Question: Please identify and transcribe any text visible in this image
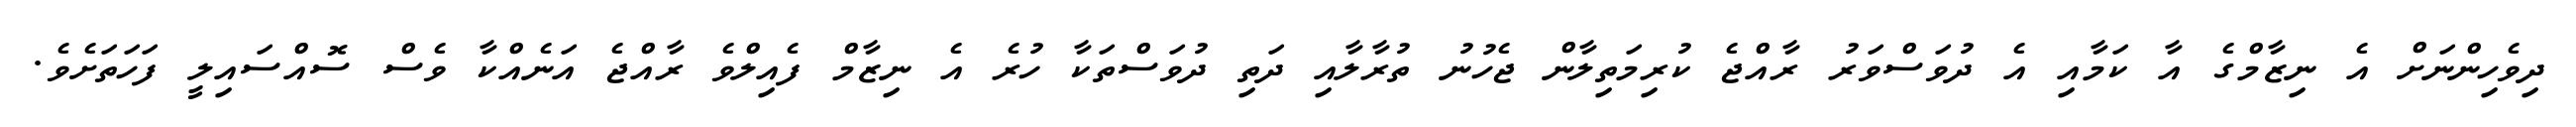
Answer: ދިވެހިންނަށް އެ ނިޒާމްގެ އާ ކަމާއި އެ ދުވަސްވަރު ރާއްޖެ ކުރިމަތިލާން ޖެހުނު ތުރާލާއި ދަތި ދުވަސްތަކާ ހުރެ އެ ނިޒާމް ފެއިލްވެ ރާއްޖެ އަނެއްކާ ވެސް ސޮއްސައިލީ ފަހަތަށެވެ.